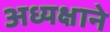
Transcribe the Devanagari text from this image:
अध्यक्षाने